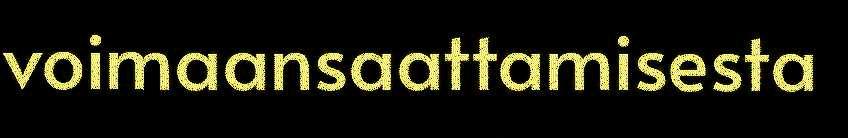
voimaansaattamisesta